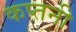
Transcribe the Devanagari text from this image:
कप्तनी